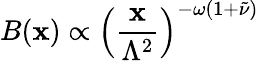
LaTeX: B(\mathbf{x})\propto\left(\frac{{\mathbf{x}}}{{\Lambda^{2}}}\right)^{-\omega(1+\tilde{{\nu}})}